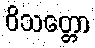
ဝိသတ္တော